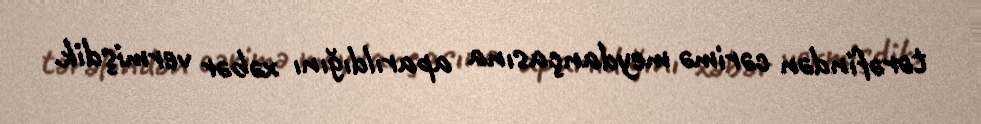
tərəfindən cərimə meydançasına aparıldığını xəbər vermişdik.